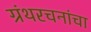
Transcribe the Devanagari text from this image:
ग्रंथरचनांचा